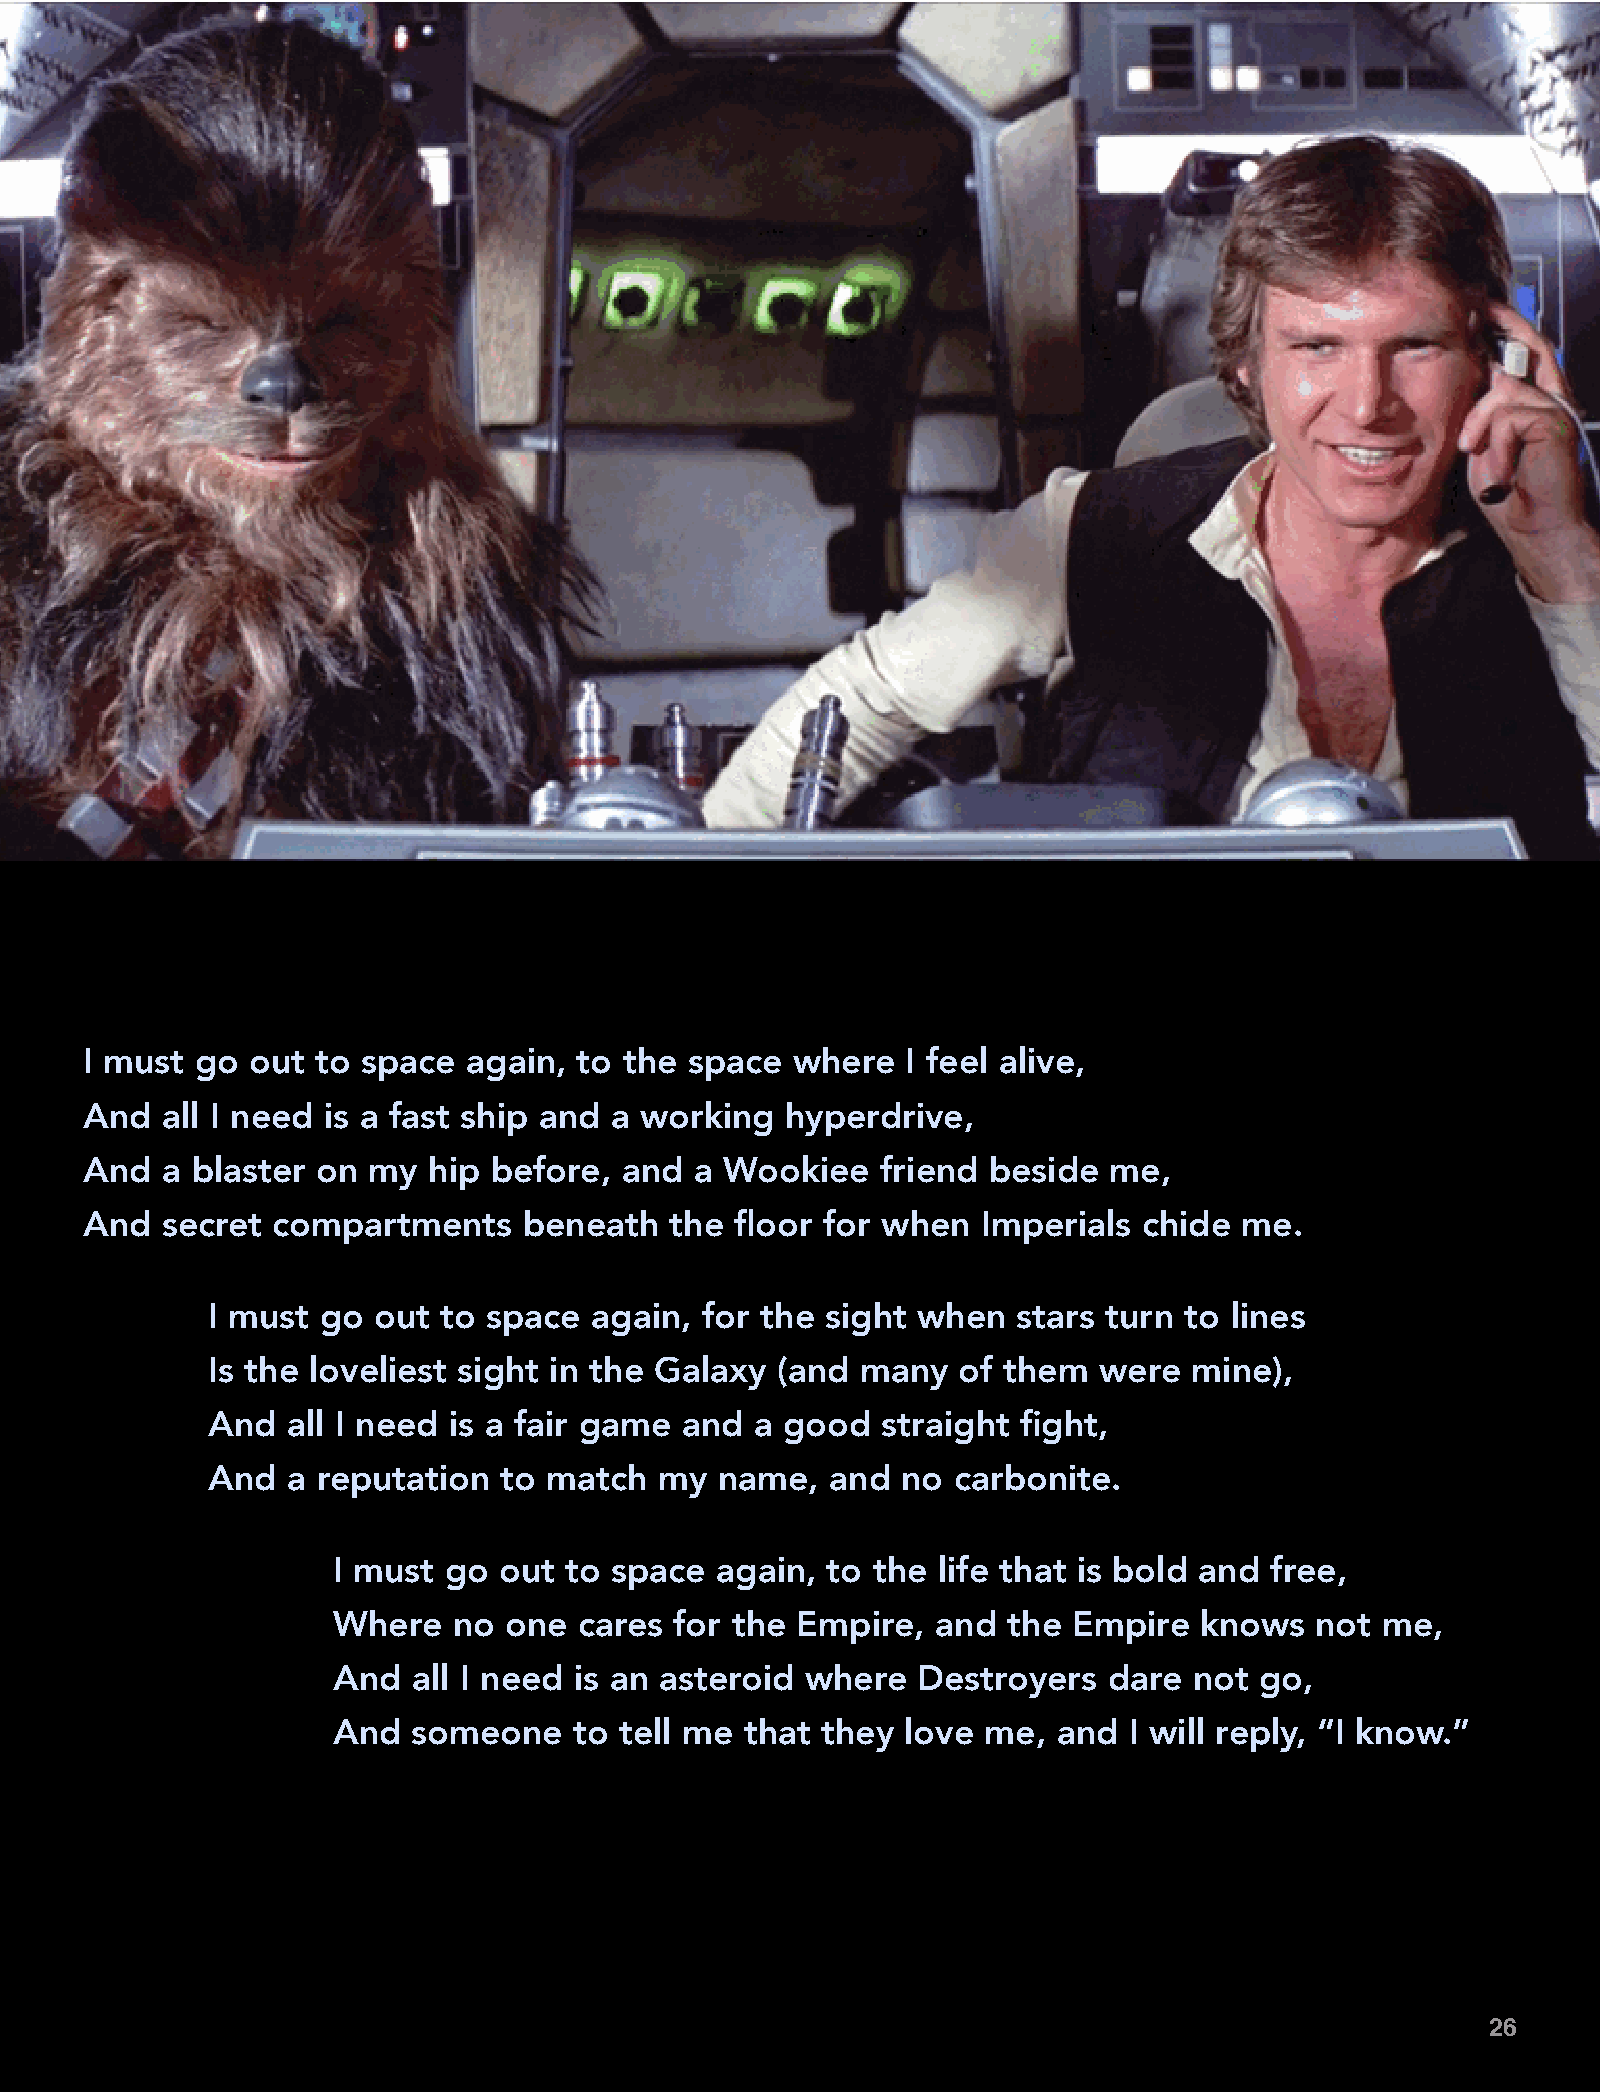
I must go out  to space  again, to the  space where   I feel alive,
 And  all I need is a fast ship and a working  hyperdrive,
 And  a blaster on my  hip before,  and  a Wookiee   friend beside  me,
 And  secret compartments     beneath  the  floor for when  Imperials  chide me.
 I must go  out to space  again, for the  sight when  stars turn to lines
 Is the loveliest sight in the Galaxy (and  many  of them   were  mine),
 And  all I need is a fair game and  a good  straight  fight,
 And  a reputation  to match   my  name,  and  no carbonite.
 I must go  out to space  again,  to the life that is bold and free,
 Where   no one  cares  for the Empire,  and  the Empire  knows   not me,
 And  all I need is an asteroid where   Destroyers  dare  not go,
 And  someone    to tell me that they  love me,  and  I will reply, “I know.”
 26